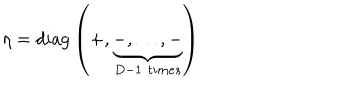
\eta = \mathrm { d i a g } \left( + , \underbrace { - , \dots , - } _ { D - 1 \, \, t i m e s } \right)